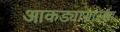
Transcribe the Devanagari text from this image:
आकड्यासारखा